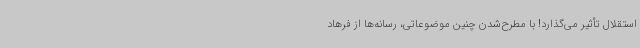
استقلال تأثیر می‌گذارد! با مطرح‌شدن چنین موضوعاتی، رسانه‌ها از فرهاد